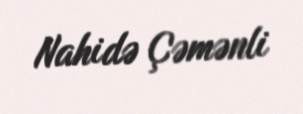
Nahidə Çəmənli